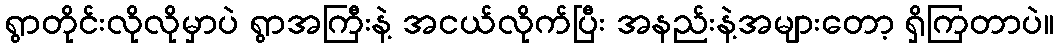
ရွာတိုင်းလိုလိုမှာပဲ ရွာအကြီးနဲ့ အငယ်လိုက်ပြီး အနည်းနဲ့အများတော့ ရှိကြတာပဲ။